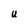
Character: U